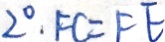
2 ^ { \circ } . F C = F E